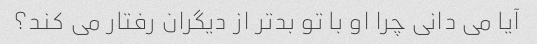
آیا می دانی چرا او با تو بدتر از دیگران رفتار می کند؟